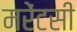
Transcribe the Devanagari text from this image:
मरेंटसी